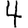
Digit: 4